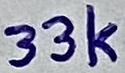
Text: 33k